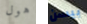
هول بيسن